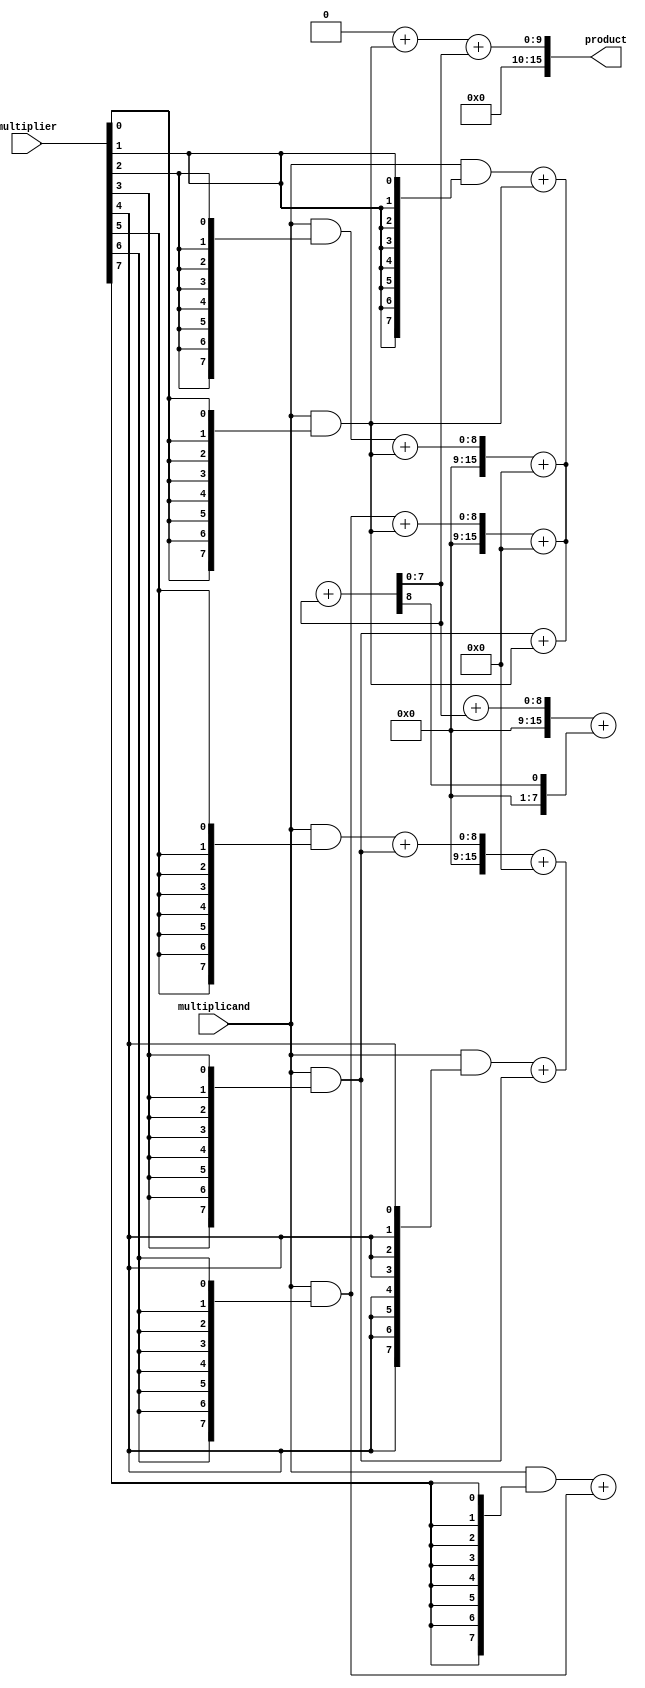
module wallace_tree_multiplier #(parameter N = 8) (
    input  [N-1:0] multiplicand,
    input  [N-1:0] multiplier,
    output [2*N-1:0] product
);

    // Partial product generation
    wire [N-1:0] pp [0:N-1]; // Partial products
    genvar i;
    generate
        for (i = 0; i < N; i = i + 1) begin: gen_partial_products
            assign pp[i] = multiplicand & {N{multiplier[i]}};
        end
    endgenerate

    // Carry-Save Adder (CSA) structure
    wire [N-1:0] sum [0:N-1];
    wire [N-1:0] carry [0:N-1];

    // Initialize the first level of CSA
    generate
        for (i = 0; i < N; i = i + 1) begin: csa_level1
            if (i % 3 == 0) begin
                assign sum[i/3] = pp[i];
                assign carry[i/3] = 0;
            end else if (i % 3 == 1) begin
                assign {carry[i/3], sum[i/3]} = pp[i] + sum[i/3];
            end else begin
                assign {carry[i/3], sum[i/3]} = pp[i] + sum[i/3] + carry[i/3];
            end
        end
    endgenerate

    // Second level of CSA
    wire [N-1:0] sum2 [0:(N+2)/3-1];
    wire [N-1:0] carry2 [0:(N+2)/3-1];

    generate
        for (i = 0; i < (N+2)/3; i = i + 1) begin: csa_level2
            if (i * 3 < N) begin
                assign sum2[i] = sum[i * 3];
                assign carry2[i] = carry[i * 3];
            end
            if (i * 3 + 1 < N) begin
                assign {carry2[i], sum2[i]} = sum[i * 3 + 1] + sum2[i];
            end
            if (i * 3 + 2 < N) begin
                assign {carry2[i], sum2[i]} = sum[i * 3 + 2] + sum2[i] + carry2[i];
            end
        end
    endgenerate

    // Final addition
    wire [N-1:0] final_sum;
    wire [N-1:0] final_carry;

    assign {final_carry, final_sum} = carry2[0] + sum2[0];

    // Final product calculation
    assign product = {final_carry, final_sum} + sum2[1];

endmodule